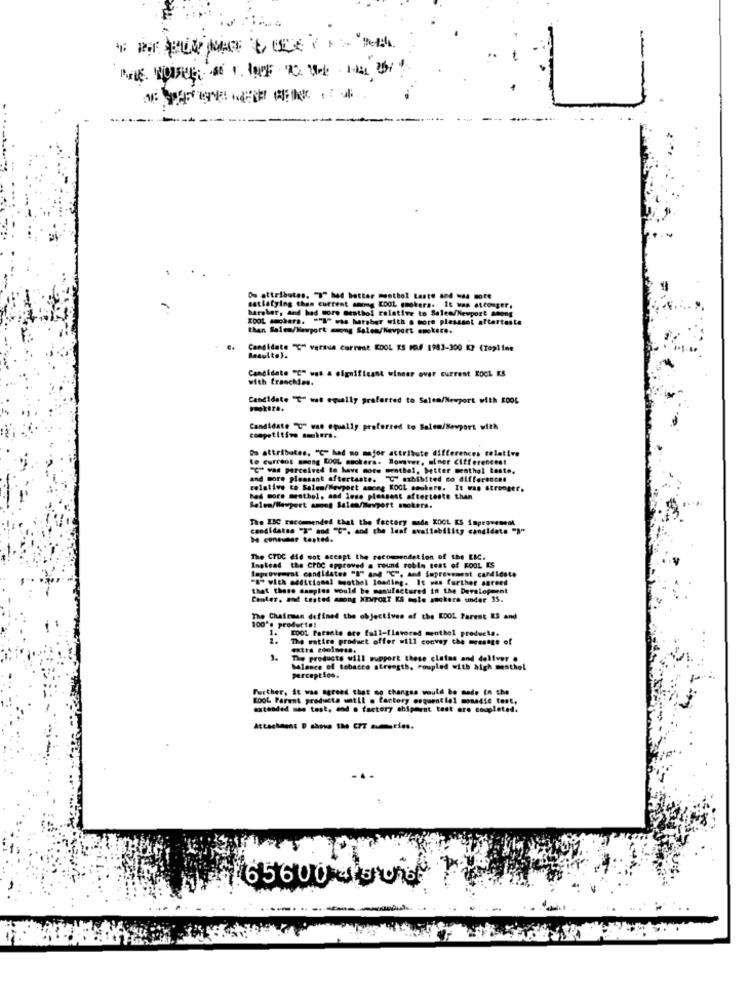
1
Os attributes. ">" had better menthol taste and was more
harsher, and had core esthol relative to Salea/Newport among
satisfying than current amimg KOOL smokers. It was etconger,
ECOL sechers. - "I" ets harsber with a more plessset aftertaste
than Salem/Newport among Salen/Navpart smokers.
Candidate "(" versua current KDOL KS MF 1983-300 K? (Topline
Basulto).
Candidate "C" was a significant winner over current KOOL KS
with franchies.
Candidate "T" wat equally preferred to Salen/Newport with EDOL
Candidate "C" was equally preferred to Salem/Newport with
competitivo colors.
Do attributes. "C" had mo major attribute differences relative
to current among KOGL esckers. Bowsver, siner Citferencest
"C" was perceived to have more senthel, biter menthol teste,
and more pleasant aftertaste. "C" exhibited no differences
relative to Salem/Wevport among KOOL smokers. It was stronger.
bed sors menthol, aod losa pleasant afterteste then
Salem/Newport among Salen/Mevport smokers.
The IBC recommended that the factory made KOOL KS Improvement
candidates "3" and "G", and the leaf availability candidate "B"
De consumer tested.
The CTDC did not accept the recommendation of the EIC.
Inglead the CroC approved a round robin test of FOOL KS
Suprovemest candidates "I" and "C", and Soprovement candidate
"a" wich additional mouthel loading. It was further agreed
that these samples would be manufactured in the Development
Center, and tested among NTVPORT ES mole suckers under 35.
The Chairman difined the objectives of the KOOL Parent ES and
100's product#!
1. 2001 Parante are full-flavored menthol products.
1.
2.
The entire product offer will convey che message of
extra edolosss.
3.
The products will support these claims and deliver .
balance of tobacco strength, coupled with high menthol
perception.
Further, It was agreed that no changes would be made in the
KOOL Parent praduste stil . factory esquentiel moneste test,
extended mem test, end . factory shipment test ere coupleted.
Attachment D shows the CPT au bries.
...
656004008